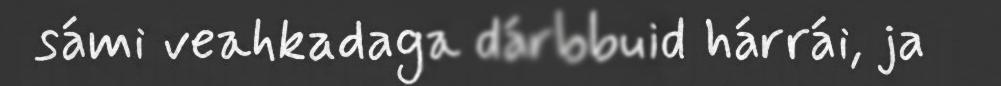
sámi veahkadaga dárbbuid hárrái, ja